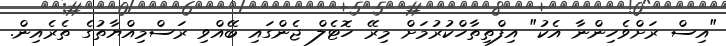
"އިސް ރަށްވެހިންނާ އެކު" އިފްތިތާހްކުރުމަށް މިރޭ ހޮޓެލް ޖެންގައި ބޭއްވި ރަސްމިއްޔާތުގެ ތެރެއިން.